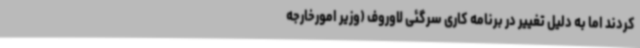
کردند اما به دلیل تغییر در برنامه کاری سرگئی لاوروف (وزیر امورخارجه